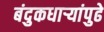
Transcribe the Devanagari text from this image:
बंदुकधार्‍यांपुढे